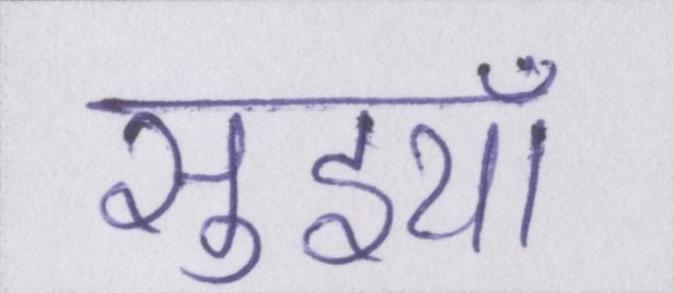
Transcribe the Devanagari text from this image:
सुइयाँ